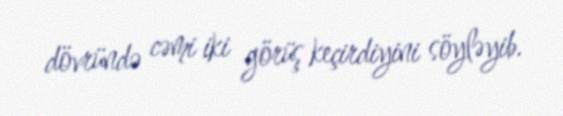
dövründə cəmi iki görüş keçirdiyini söyləyib.